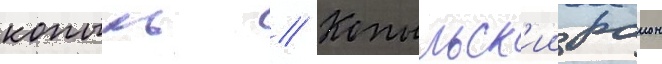
копыль // Копыльск'ии раион